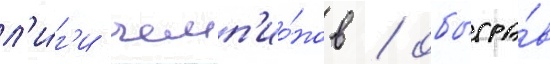
л'и́г'и чемп'ио́нов / обыгра́в